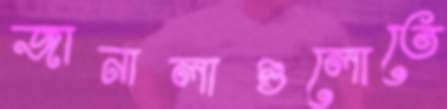
জানালাগুলোতে